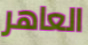
العاهر